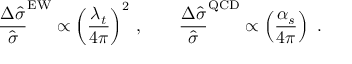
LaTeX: { \frac { \Delta \widehat \sigma } { \widehat \sigma } } ^ { \mathrm { E W } } \propto \left( { \frac { \lambda _ { t } } { 4 \pi } } \right) ^ { 2 } \, , \qquad { \frac { \Delta \widehat \sigma } { \widehat \sigma } } ^ { \mathrm { Q C D } } \propto \left( { \frac { \alpha _ { s } } { 4 \pi } } \right) \ .